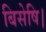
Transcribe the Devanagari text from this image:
बिसेषि।